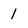
Character: 1